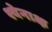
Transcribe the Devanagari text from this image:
श्येनाक्ष